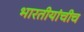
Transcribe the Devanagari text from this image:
भारतीयांचीच